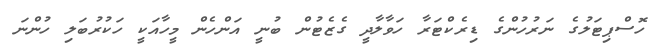
ހޮސްޕިޓަލުގެ ނަރުހުންގެ ޑިރެކްޓަރާ ހަވާލާދީ ގެޒެޓުން ބުނީ އަންހެން މީހާއަކީ ހަކުރުބަލި ހުންނަ